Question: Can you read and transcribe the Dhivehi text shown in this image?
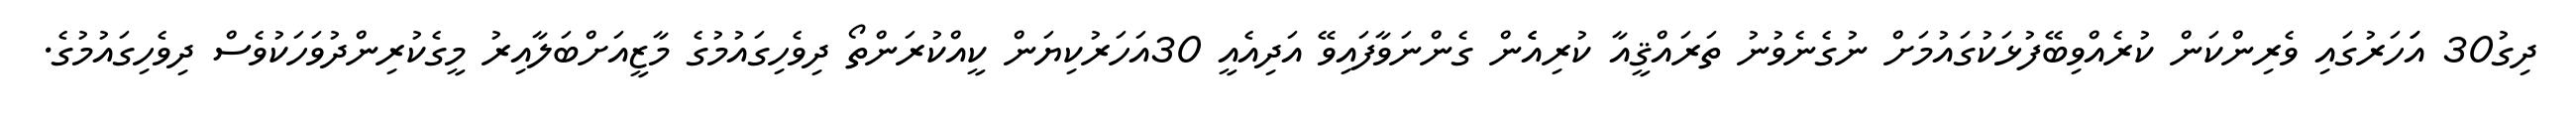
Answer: ދިގު30 އަަހަރުގައި ވެރިންކަން ކުރެއްވިބޭފުޅަކުގައުމަށް ނުގެނެވުނު ތަރައްޤީއާ ކުރިއެެން ގެންނަވާފައިވޭ އަދިއެއީ 30އަހަރުކިޔަން ކީއްކުރަންތޯ ދިވެހިގައުމުގެ މާޒީއަށްބަލާއިރު މީގެކުރިންދުވަހަކުވެސް ދިވެހިގައުމުގެ.